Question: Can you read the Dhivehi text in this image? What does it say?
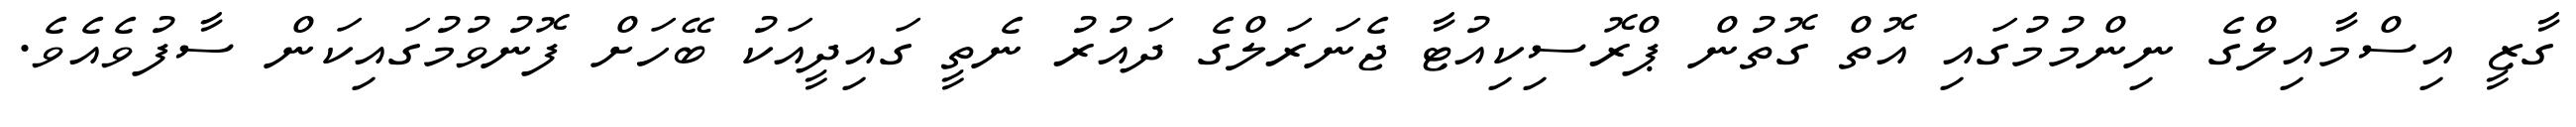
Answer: ގާޒީ އިސްމާއިލްގެ ނިންމުމުގައި އޮތް ގޮތުން ޕްރޮސިކިއުޓާ ޖެނަރަލްގެ ދައުރު ނެތީ ގައިދީއަކު ބޭހަށް ފޮނުވުމުގައިކަން ސާފުވެއެވެ.